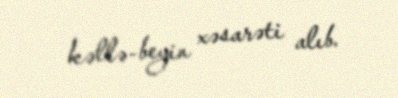
kəllə-beyin xəsarəti alıb.